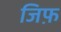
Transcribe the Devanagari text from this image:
जिफ़